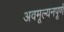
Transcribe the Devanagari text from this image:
अवमूल्यनपूर्ण